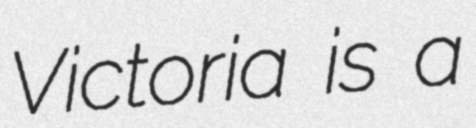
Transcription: Victoria is a